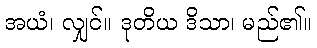
အယံ၊ လျှင်။ ဒုတိယ ဒိသာ၊ မည်၏။